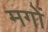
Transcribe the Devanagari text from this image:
मगों